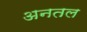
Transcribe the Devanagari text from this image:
अनतल